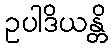
ဥပါဒိယန္တိ